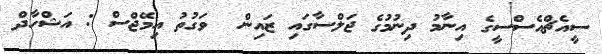
ސީއެޗްއެސްސީގެ އިނާމު ދިނުމުގެ ޖަލްސާގައި ޒައިން  ވަގުތު އިމޭޖްސް : އަޝްހާދް